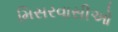
મિસરવાસીઓ